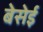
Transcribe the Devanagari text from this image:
बेसेई